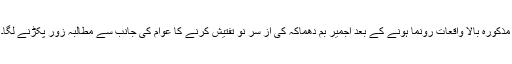
مذکورہ بالا واقعات رونما ہونے کے بعد اجمیر بم دھماکہ کی از سر نو تفتیش کرنے کا عوام کی جانب سے مطالبہ زور پکڑنے لگا۔